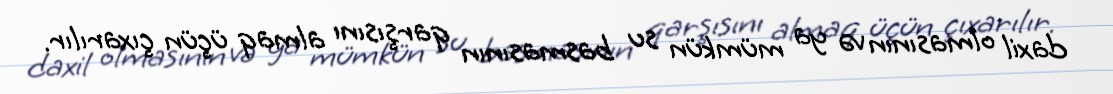
daxil olmasının və ya mümkün su basmasının qarşısını almaq üçün çıxarılır.